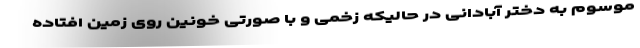
موسوم به دختر آبادانی در حالیکه زخمی و با صورتی خونین روی زمین افتاده